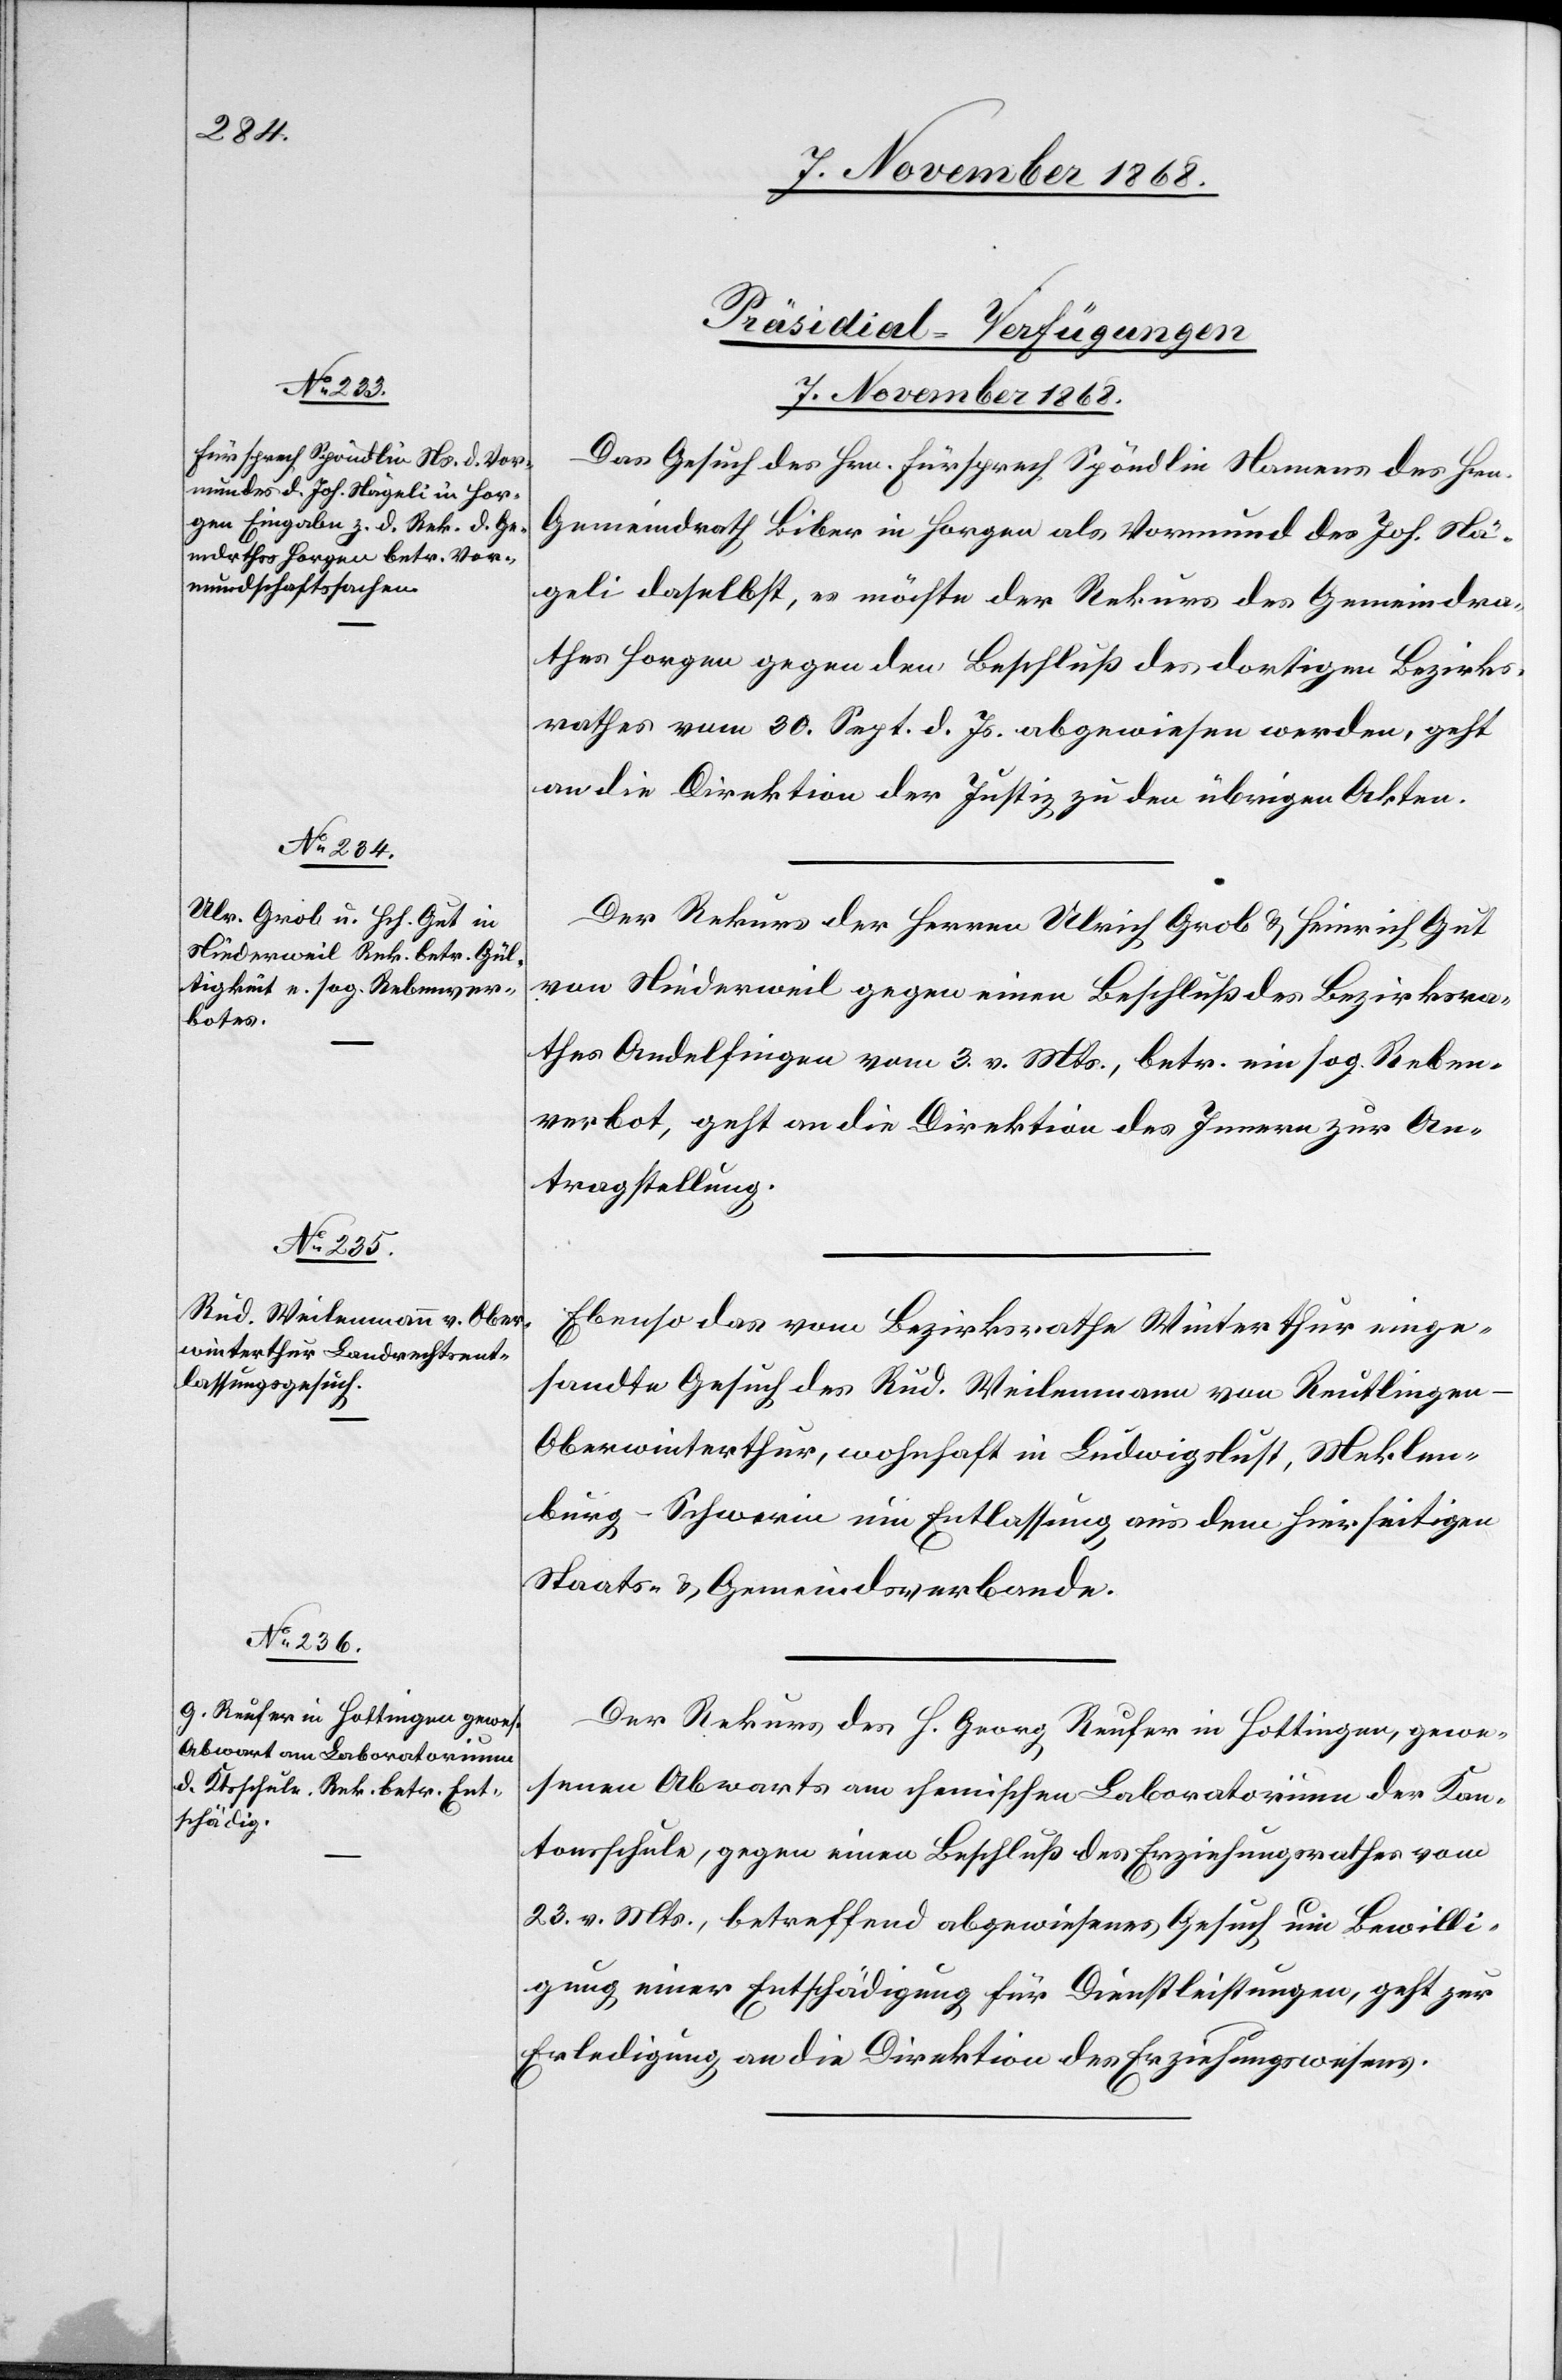
7. November 1868.]
[Präsidial-Verfügungen
Das Gesuch des Hrn. Fürsprech Spöndlin Namens des Hrn.
Gemeindrath Biber in Horgen als Vormund des Joh. Nä¬
geli daselbst, es möchte der Rekurs des Gemeindra¬
thes Horgen gegen den Beschluß des dortigen Bezirks¬
rathes vom 30. Sept. d. Js. abgewiesen werden, geht
an die Direktion der Justiz zu den übrigen Akten.
Der Rekurs der Herren Ulrich Grob & Heinrich Gut
von Niederweil gegen einen Beschluß des Bezirksra¬
thes Andelfingen vom 3. v. Mts., betr. ein sog. Reben¬
verbot, geht an die Direktion des Innern zur An¬
tragstellung.
Ebenso das vom Bezirksrathe Winterthur einge¬
sandte Gesuch des Rud. Weilenmann von Reutlingen
Oberwinterthur, wohnhaft in Ludwigslust, Meklen¬
burg-Schwerin um Entlassung aus dem hierseitigen
Staats- & Gemeindsverbande.
Der Rekurs des H. Georg Reufer in Hottingen, gewe¬
senen Abwarts am chemischen Laboratorium der Kan¬
tonsschule, gegen einen Beschluß des Erziehungsrathes vom
23. v. Mts., betreffend abgewiesenes Gesuch um Bewilli¬
gung einer Entschädigung für Dienstleistungen, geht zur
Erledigung an die Direktion des Erziehungswesens.